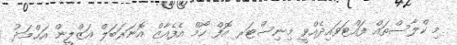
މި ކްލާސްތައް ފައްޓަވައިދެއްވީ މިނިސްޓަރ އޮފް ހޯމް އެފެއާޒް އޮނަރަބަލް ޢަޒްލީން އަޙްމަދު